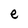
Character: e